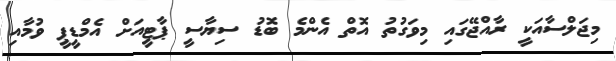
މިޖަލްސާއަކީ ރާއްޖޭގައި މިވަގުތު އޮތް އެންމެ ބޮޑު ސިޔާސީ ޕާޓީއަށް އެމްޑީޕީ ވުމާއި